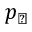
p _ { \perp }